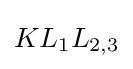
KL_{1}L_{2,3}